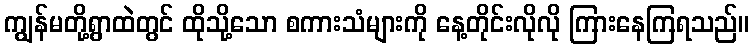
ကျွန်မတို့ရွာထဲတွင် ထိုသို့သော စကားသံများကို နေ့တိုင်းလိုလို ကြားနေကြရသည်။